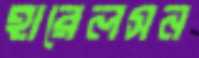
হারেলসন